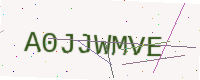
Text: A0JJWMVE